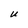
Character: U